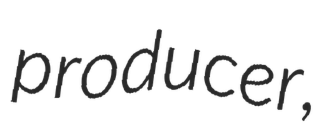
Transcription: producer,